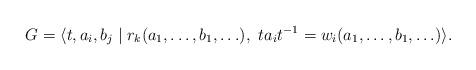
LaTeX: \begin{align*}G = \langle t, a_i, b_j \mid r_k(a_1,\ldots,b_1,\ldots),\ t a_i t^{-1} = w_i(a_1,\ldots,b_1,\ldots) \rangle.\end{align*}